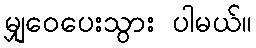
မျှဝေပေးသွား ပါမယ်။